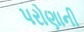
પરોણાની